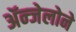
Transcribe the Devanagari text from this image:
ॲन्जेलोने